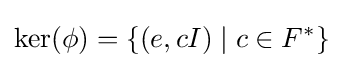
\mathrm {ker} (\phi )=\{(e,cI)\mid c\in F^{*}\}